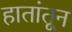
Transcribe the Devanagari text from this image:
हातांतून